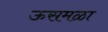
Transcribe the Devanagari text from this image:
ऊसमळा